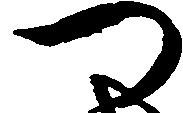
つ